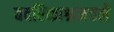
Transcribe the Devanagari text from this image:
बदरिकाश्रमचले